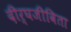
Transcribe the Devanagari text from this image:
दीर्घजीविता